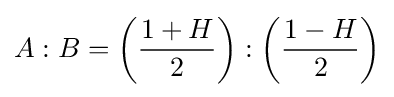
A:B=\left({\frac {1+H}{2}}\right):\left({\frac {1-H}{2}}\right)